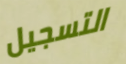
التسجيل